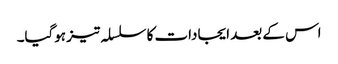
اس کے بعد ایجادات کا سلسلہ تیز ہوگیا۔